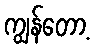
ကျွန်တော့